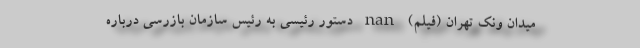
میدان ونک تهران (فیلم) nan دستور رئیسی به رئیس سازمان بازرسی درباره